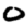
Digit: 0